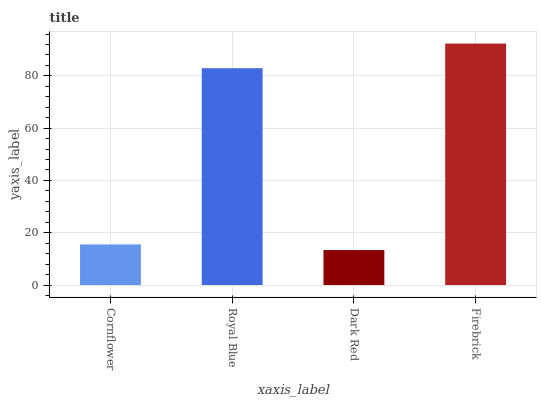
| xaxis_label | bars |
 | --- | --- |
 | Cornflower | 15.5 |
 | Royal Blue | 82.9 |
 | Dark Red | 13.4 |
 | Firebrick | 92.4 |